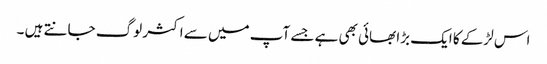
اس لڑکے کا ایک بڑا بھائی بھی ہے جسے آپ میں سے اکثر لوگ جانتے ہیں ۔